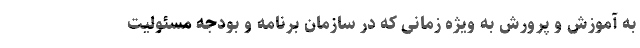
به آموزش و پرورش به ویژه زمانی که در سازمان برنامه و بودجه مسئولیت